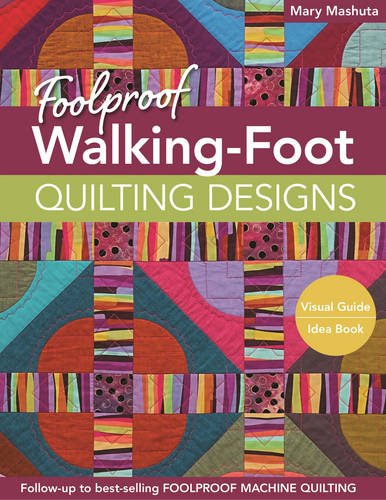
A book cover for Foolproof Walking-Foot Quilting Designs: Visual Guide  Idea Book; Mary Mashuta; Crafts, Hobbies & Home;